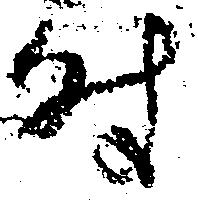
時